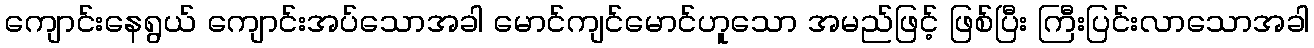
ကျောင်းနေရွယ် ကျောင်းအပ်သောအခါ မောင်ကျင်မောင်ဟူသော အမည်ဖြင့် ဖြစ်ပြီး ကြီးပြင်းလာသောအခါ